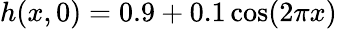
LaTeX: h(x,0)=0.9+0.1\cos(2\pi x)